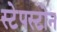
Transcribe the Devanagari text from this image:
स्टेपस्टोन